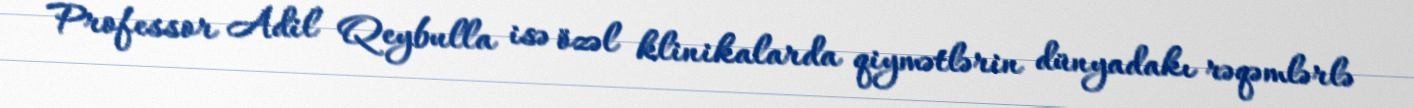
Professor Adil Qeybulla isə özəl klinikalarda qiymətlərin dünyadakı rəqəmlərlə